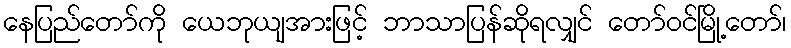
နေပြည်တော်ကို ယေဘုယျအားဖြင့် ဘာသာပြန်ဆိုရလျှင် တော်ဝင်မြို့တော်၊